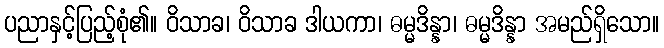
ပညာနှင့်ပြည့်စုံ၏။ ဝိသာခ၊ ဝိသာခ ဒါယကာ၊ ဓမ္မဒိန္နာ၊ ဓမ္မဒိန္နာ အမည်ရှိသော။